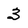
Character: 3